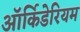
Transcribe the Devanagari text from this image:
ऑर्किडेरियम